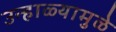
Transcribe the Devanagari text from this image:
उन्हाळ्यामुळे